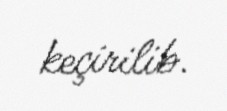
keçirilib.